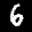
Label: 6